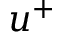
u ^ { + }